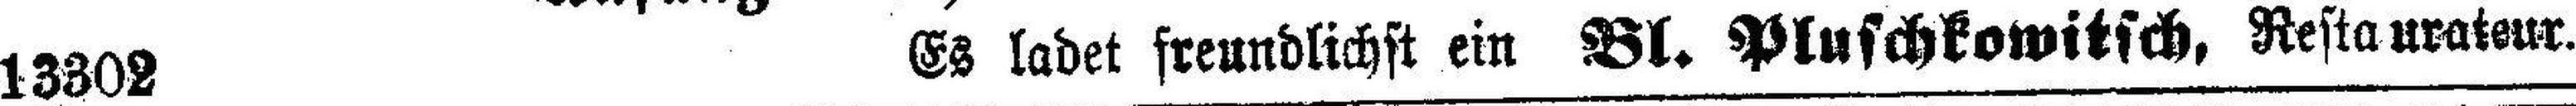
13302 Es ladet freundlichst ein Bl. Pluschkowitsch, Restaurateur.